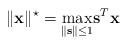
LaTeX: \begin{align*} \| {\bf x} \|^{\star} = \underset{\|{\bf s}\| \leq 1}{\max} {\bf s}^T{\bf x}\end{align*}